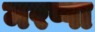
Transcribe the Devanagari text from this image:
मरप्पा